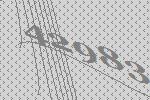
42983